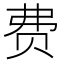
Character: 费